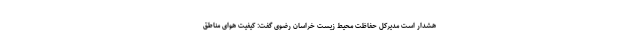
هشدار است مدیرکل حفاظت محیط زیست خراسان رضوی گفت: کیفیت هوای مناطق